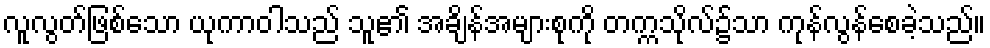
လူလွတ်ဖြစ်သော ယုကာဝါသည် သူ၏ အချိန်အများစုကို တက္ကသိုလ်၌သာ ကုန်လွန်စေခဲ့သည်။